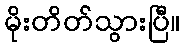
မိုးတိတ်သွားပြီ။